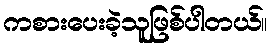
ကစားပေးခဲ့သူဖြစ်ပါတယ်။